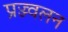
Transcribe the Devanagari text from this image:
प्रज्ज्वलन